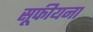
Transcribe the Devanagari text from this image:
सूफीयना